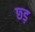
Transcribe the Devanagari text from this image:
छ्ड़